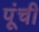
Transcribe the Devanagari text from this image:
पूंची